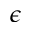
\epsilon